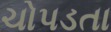
ચોપડતા